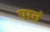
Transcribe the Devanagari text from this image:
पातं